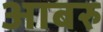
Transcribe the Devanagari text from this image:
आबरु